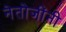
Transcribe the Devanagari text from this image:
नेतोजींनी